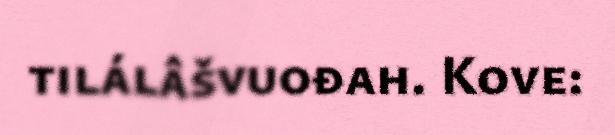
tilálâšvuođah. Kove: